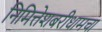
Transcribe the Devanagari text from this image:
निमित्तेशबरीधामचा